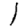
Digit: 1